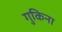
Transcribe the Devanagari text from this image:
गुकिना